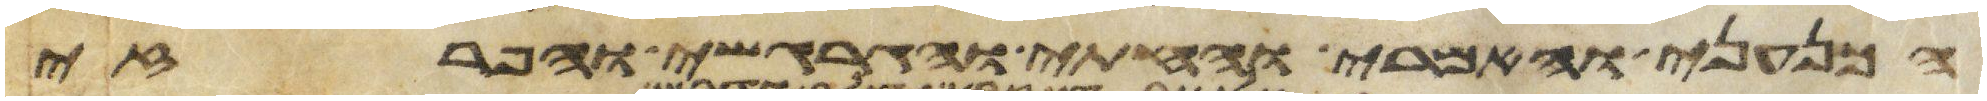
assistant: הכנעני והאמרי והחתי והגרגשי והפרזי